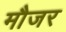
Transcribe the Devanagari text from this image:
मौजर